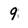
Character: 9